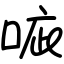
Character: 㖢